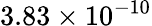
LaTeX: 3.83\times 10^{-10}